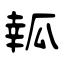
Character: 瓡